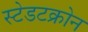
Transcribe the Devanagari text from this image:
स्टेडटक्रोन